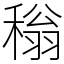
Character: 𬓵